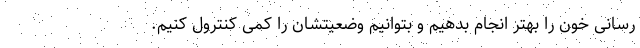
رسانی خون را بهتر انجام بدهیم و بتوانیم وضعیتشان را کمی کنترول کنیم.